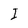
Character: I